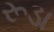
રૂડા